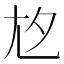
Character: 𡯌